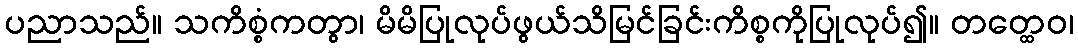
ပညာသည်။ သကိစ္စံကတွာ၊ မိမိပြုလုပ်ဖွယ်သိမြင်ခြင်းကိစ္စကိုပြုလုပ်၍။ တတ္ထေဝ၊